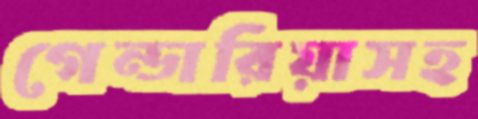
গেন্ডারিয়াসহ